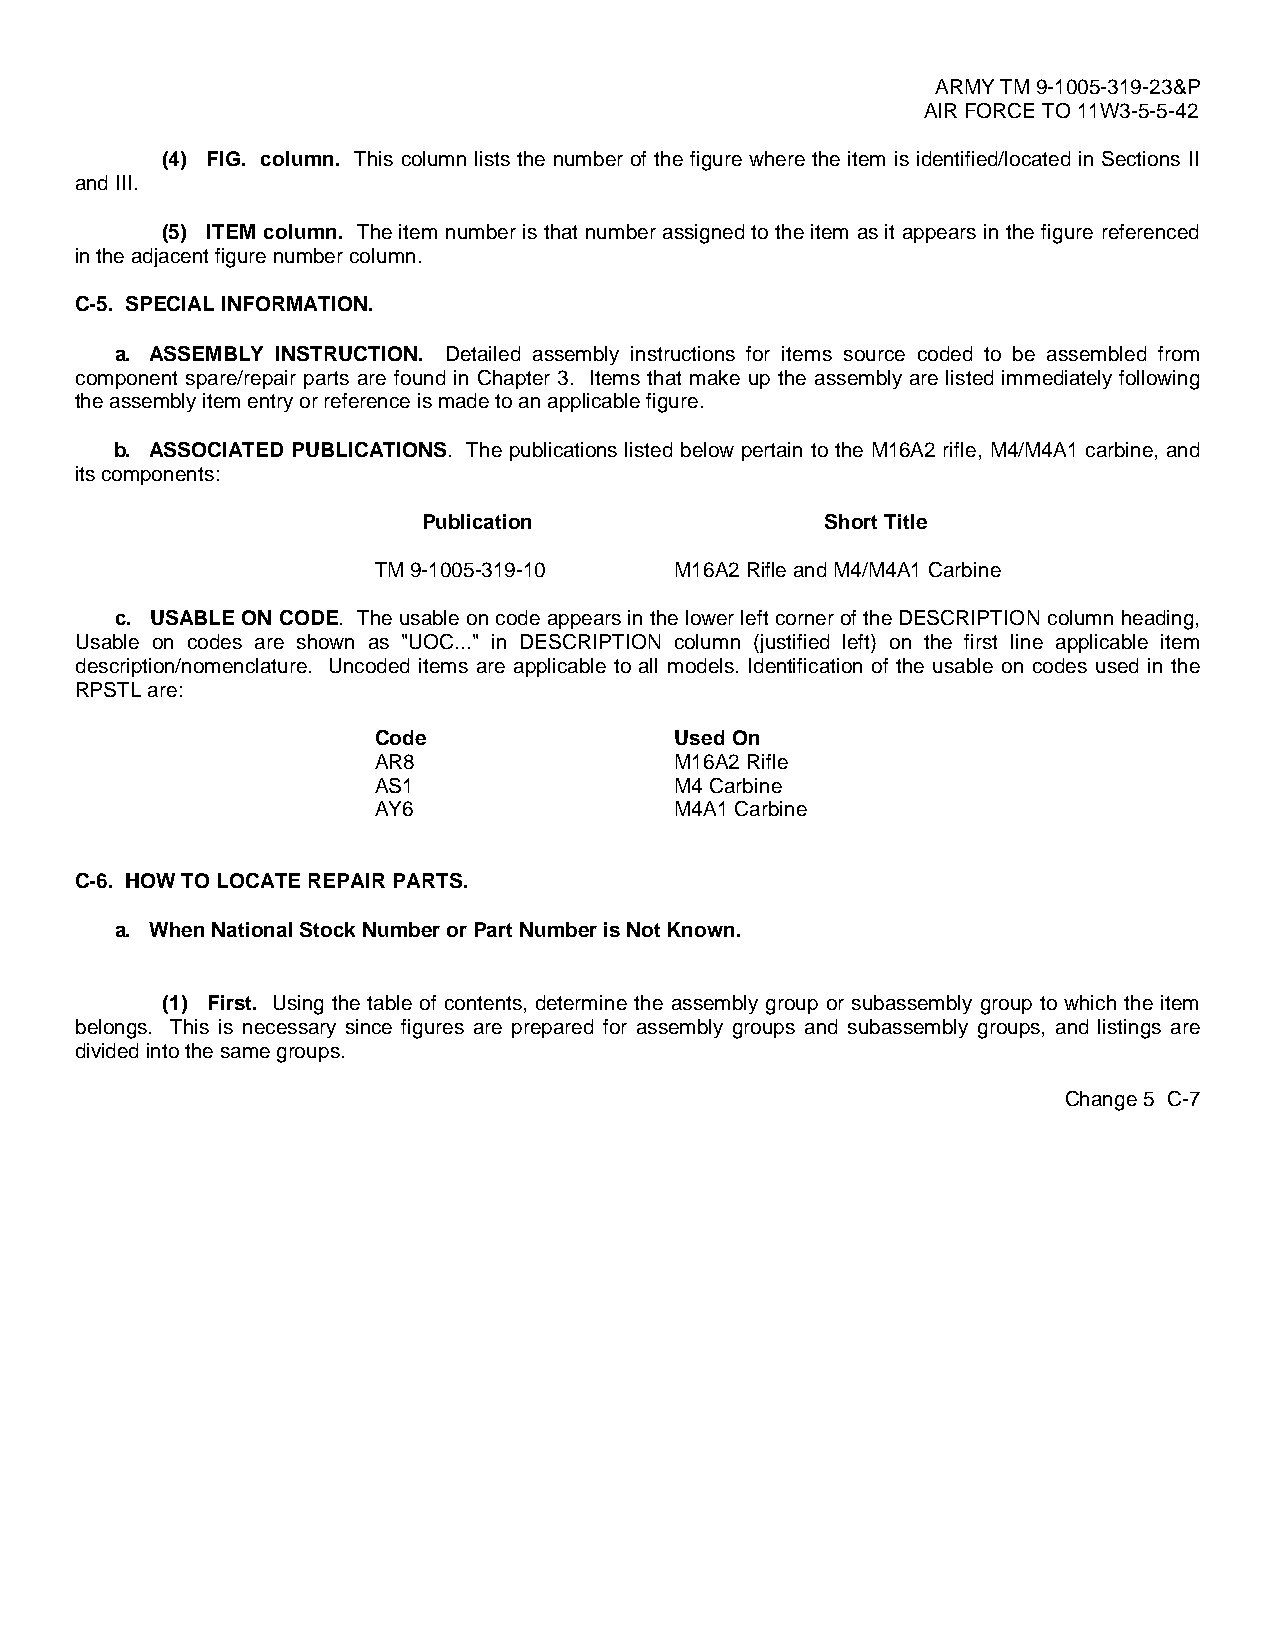
ARMY TM 9-1005-319-23&P
 AIR FORCE TO 11W3-5-5-42
 (4) FIG. column. This column lists the number of the figure where the item is identified/located in Sections II
 and III.
 (5) ITEM column. The item number is that number assigned to the item as it appears in the figure referenced
 in the adjacent figure number column.
 C-5. SPECIAL INFORMATION.
 a. ASSEMBLY INSTRUCTION. Detailed assembly instructions for items source coded to be assembled from
 component spare/repair parts are found in Chapter 3. Items that make up the assembly are listed immediately following
 the assembly item entry or reference is made to an applicable figure.
 b. ASSOCIATED PUBLICATIONS. The publications listed below pertain to the M16A2 rifle, M4/M4A1 carbine, and
 its components:
 Publication                Short Title
 TM 9-1005-319-10    M16A2 Rifle and M4/M4A1 Carbine
 c. USABLE ON CODE. The usable on code appears in the lower left corner of the DESCRIPTION column heading,
 Usable on codes are shown as "UOC..." in DESCRIPTION column (justified left) on the first line applicable item
 description/nomenclature. Uncoded items are applicable to all models. Identification of the usable on codes used in the
 RPSTL are:
 Code                Used On
 AR8                 M16A2 Rifle
 AS1                 M4 Carbine
 AY6                 M4A1 Carbine
 C-6. HOW TO LOCATE REPAIR PARTS.
 a. When National Stock Number or Part Number is Not Known.
 (1) First. Using the table of contents, determine the assembly group or subassembly group to which the item
 belongs. This is necessary since figures are prepared for assembly groups and subassembly groups, and listings are
 divided into the same groups.
 Change 5 C-7